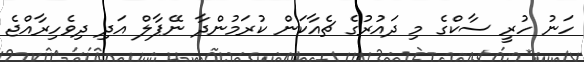
ހަނު ހުރީ ސާކްގެ މި ދައުރުގެ ޗެއާކަން ކުރަމުންދާ ނޭޕާލް އަދި ދިވެހިރާއްޖެ